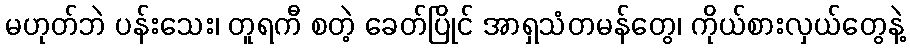
မဟုတ်ဘဲ ပန်းသေး၊ တူရကီ စတဲ့ ခေတ်ပြိုင် အာရှသံတမန်တွေ၊ ကိုယ်စားလှယ်တွေနဲ့